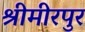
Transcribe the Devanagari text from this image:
श्रीमीरपुर